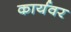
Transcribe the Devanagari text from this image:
कार्यवर